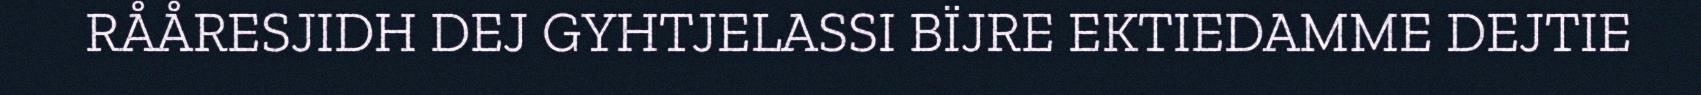
RÅÅRESJIDH DEJ GYHTJELASSI BÏJRE EKTIEDAMME DEJTIE